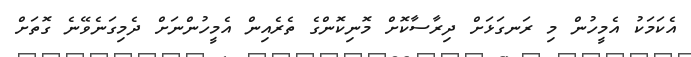
އެކަމަކު އެމީހުން މި ރަނގަޅަށް ދިރާސާކޮށް މޮނިކޮންގެ ތެރެއިން އެމީހުންނަށް ދެމިގަނެވޭނެ ގޮތަށް